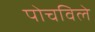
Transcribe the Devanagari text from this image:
पोचविले